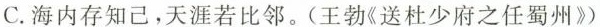
C.海内存知己，天涯若比邻。(王勃《送杜少府之任蜀州》)